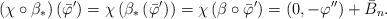
LaTeX: \begin{align*}\footnotesize\left(\chi \circ \beta_* \right) \left(\bar{\varphi}'\right) =\chi \left( \beta_* \left(\bar{\varphi}'\right) \right) =\chi \left( \beta \circ \bar{\varphi }' \right) =\left(0, -\varphi'' \right)+\bar{B}_n. \end{align*}